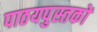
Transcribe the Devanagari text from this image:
पाठयपुस्तकों